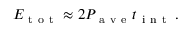
E _ { \mathrm { ~ t ~ o ~ t ~ } } \approx 2 P _ { \mathrm { ~ a ~ v ~ e ~ } } t _ { \mathrm { ~ i ~ n ~ t ~ } } \, .